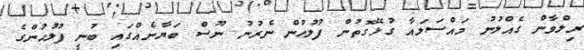
ރިލްވާން ގެއްލުނު މައްސަލައާ ގުޅޭގޮތުން ފުލުހުން ނެރުނު ނޫސް ބަޔާނެއްގައި ބުނީ ފުލުހުންގެ